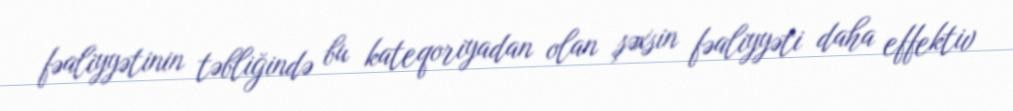
fəaliyyətinin təbliğində bu kateqoriyadan olan şəxsin fəaliyyəti daha effektiv